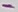
Text: -